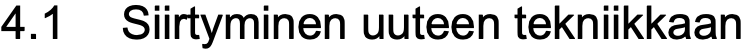
4.1 Siirtyminen uuteen tekniikkaan